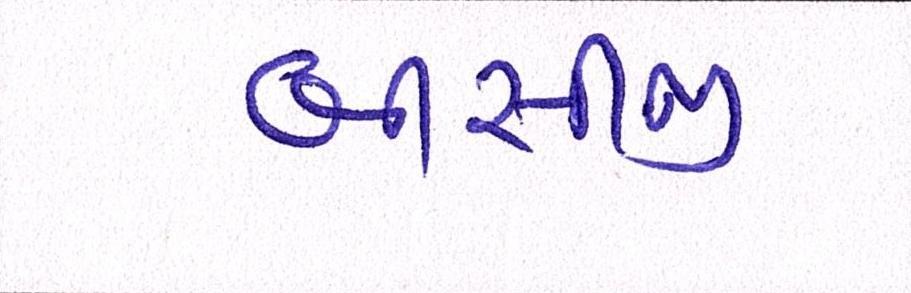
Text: બીસીજી